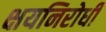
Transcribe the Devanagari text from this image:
क्षयनिरोधी